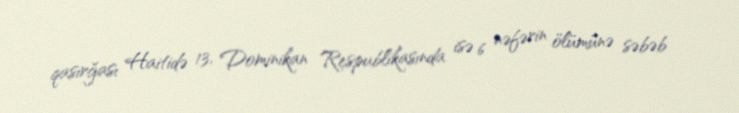
qasırğası Haitidə 13, Dominikan Respublikasında isə 6 nəfərin ölümünə səbəb